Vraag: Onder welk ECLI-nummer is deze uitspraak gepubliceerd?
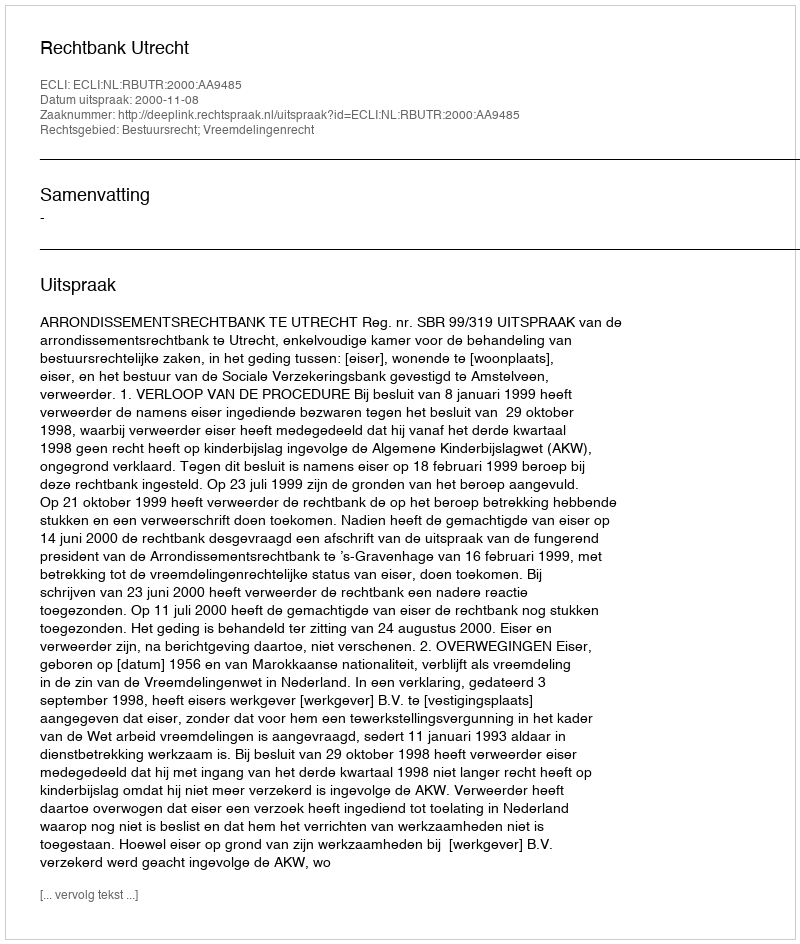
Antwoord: ECLI:NL:RBUTR:2000:AA9485